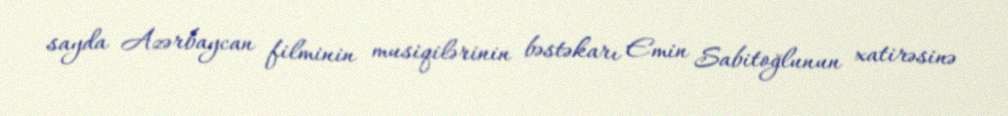
sayda Azərbaycan filminin musiqilərinin bəstəkarı Emin Sabitoğlunun xatirəsinə